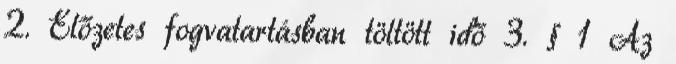
2. Előzetes fogvatartásban töltött idő 3. § 1 Az